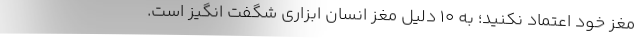
مغز خود اعتماد نکنید؛ به 10 دلیل مغز انسان ابزاری شگفت انگیز است.